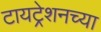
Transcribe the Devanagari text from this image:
टायट्रेशनच्या